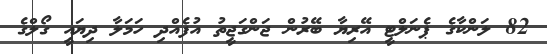
82 ލަންކާގެ ޕެނަލްޓީ އޭރިޔާ ބޭރުން ޖަންގަޖީތު އުފެއްދި ހަމަލާ ދިޔައީ ގޯލްގެ